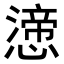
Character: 𭞸